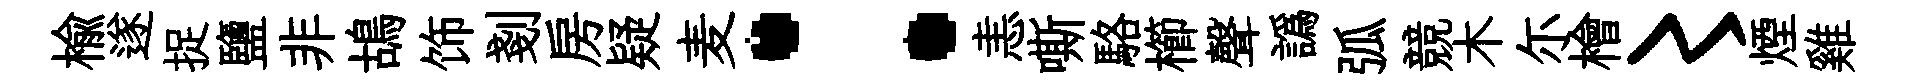
榆遂捉鹽非鴣饰剗房疑麦：恚嘶駱櫛聲譌弧競木尓檜〻煙雞